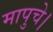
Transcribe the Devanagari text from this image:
मापुचे।